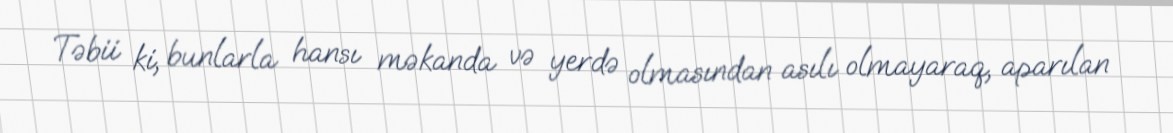
Təbii ki, bunlarla hansı məkanda və yerdə olmasından asılı olmayaraq, aparılan